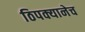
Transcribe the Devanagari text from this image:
ठिपक्यानेच